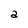
Character: a